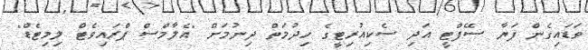
ވަޑައިގެން ފަޔާ ސޭފްޓީ އަދި ސެކިއުރިޓީގެ ހިދުމަތް ދިނުމަށް "އެލާމްސް ޕްރައިވެޓް ލިމިޓެޑް"